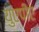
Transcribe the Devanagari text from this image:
युएपीए